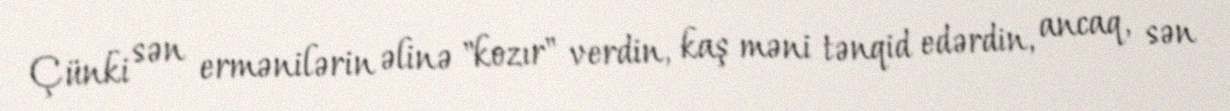
Çünki sən ermənilərin əlinə "kozır" verdin, kaş məni tənqid edərdin, ancaq, sən